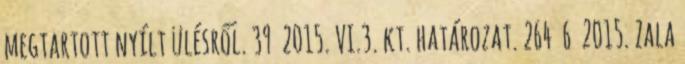
megtartott nyílt ülésről. 39 2015. VI.3. kt. határozat. 264 6 2015. Zala